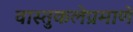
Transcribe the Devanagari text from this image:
वास्तुकलेप्रमाणे